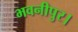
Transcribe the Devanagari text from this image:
भवनीपुर।